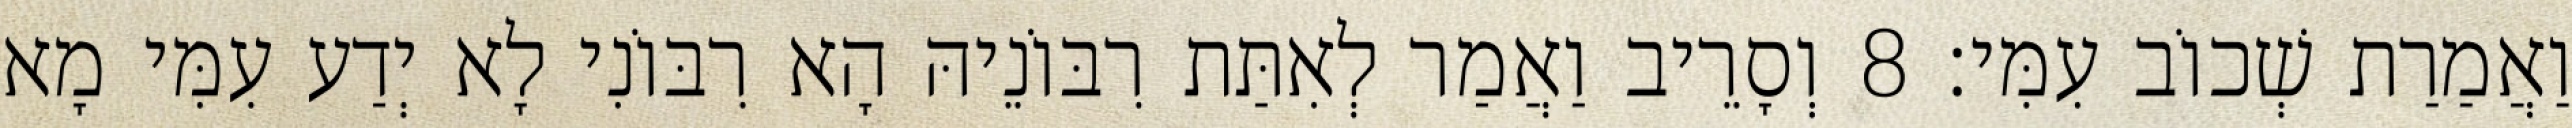
וַאֲמַרַת שְׁכוֹב עִמִּי׃ 8 וְסָרֵיב וַאֲמַר לְאִתַּת רִבּוֹנֵיהּ הָא רִבּוֹנִי לָא יְדַע עִמִּי מָא